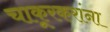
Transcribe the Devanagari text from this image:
चाकूरकरांना